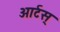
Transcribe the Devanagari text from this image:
आर्टस्‌